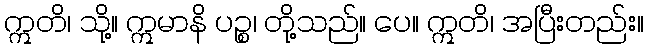
ဣတိ၊ သို့။ ဣမာနိ ပဉ္စ၊ တို့သည်။ ပေ။ ဣတိ၊ အပြီးတည်း။